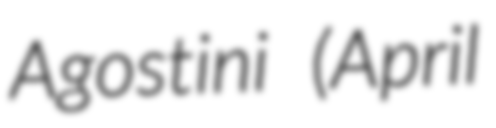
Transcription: Agostini (April